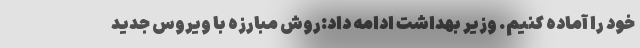
خود را آماده کنیم. وزیر بهداشت ادامه داد:روش مبارزه با ویروس جدید